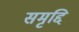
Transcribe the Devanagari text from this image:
समृद्दि